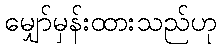
မျှော်မှန်းထားသည်ဟု